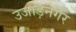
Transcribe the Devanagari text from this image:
उजाड़नगर